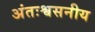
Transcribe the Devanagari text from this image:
अंतःश्वसनीय